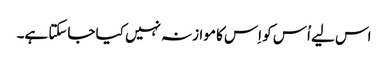
اس لیے اُس کو اِس کا موازنہ نہیں کیا جاسکتا ہے۔